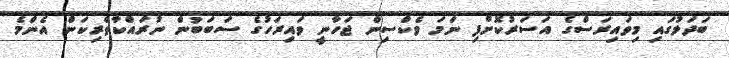
ބަދަލުގައި މިވައިރަސްގެ އަސަރުކޮށްފި ނަމަ ވެކްސިން ޖަހާނީ ވައިރަހުގެ ސަބަބުން ނުރައްކާތެރިކަން އެންމެ